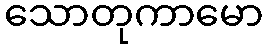
သောတုကာမော